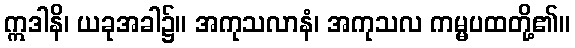
ဣဒါနိ၊ ယခုအခါ၌။ အကုသလာနံ၊ အကုသလ ကမ္မပထတို့၏။